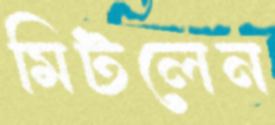
মিটলেন